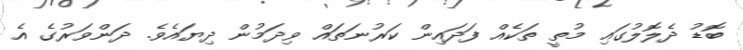
ބޮޑު ދެލޮލުގައި މުތީ ތަކެއް ފަދައިން ކަރުނަތައް ވިދަމުން ދިޔައެވެ. ދަންވަރުގެ އެ